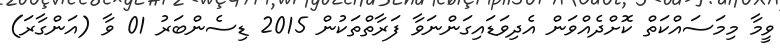
ވީމާ މިމަސައްކަތް ކޮށްދެއްވަން އެދިވަޑައިގަންނަވާ ފަރާތްތަކުން 2015 ޑިސެންބަރު 01 ވާ (އަންގާރަ)